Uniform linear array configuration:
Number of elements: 12
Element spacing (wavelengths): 0.75
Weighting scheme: hamming
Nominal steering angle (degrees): -30
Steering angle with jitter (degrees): -28.285
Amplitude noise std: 0.05
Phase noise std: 0.05

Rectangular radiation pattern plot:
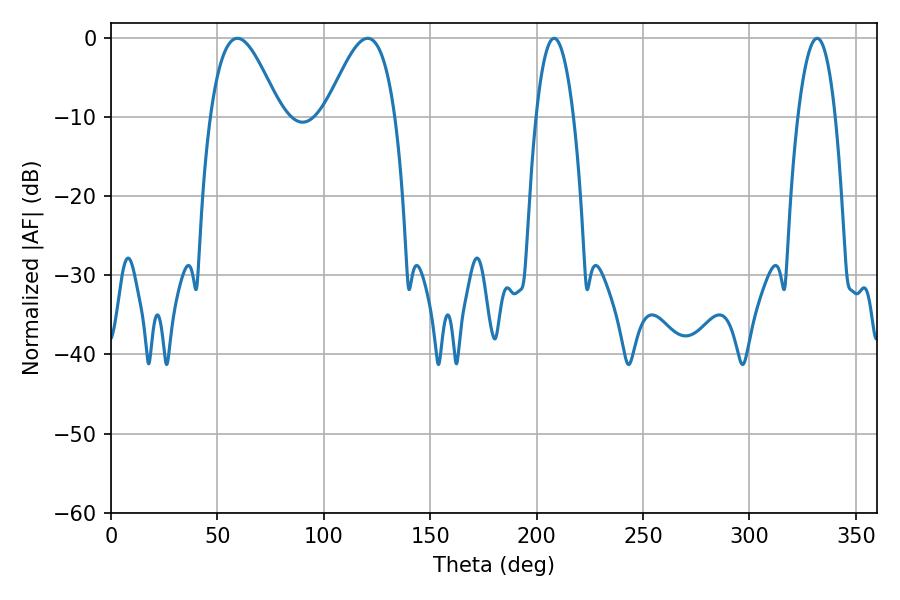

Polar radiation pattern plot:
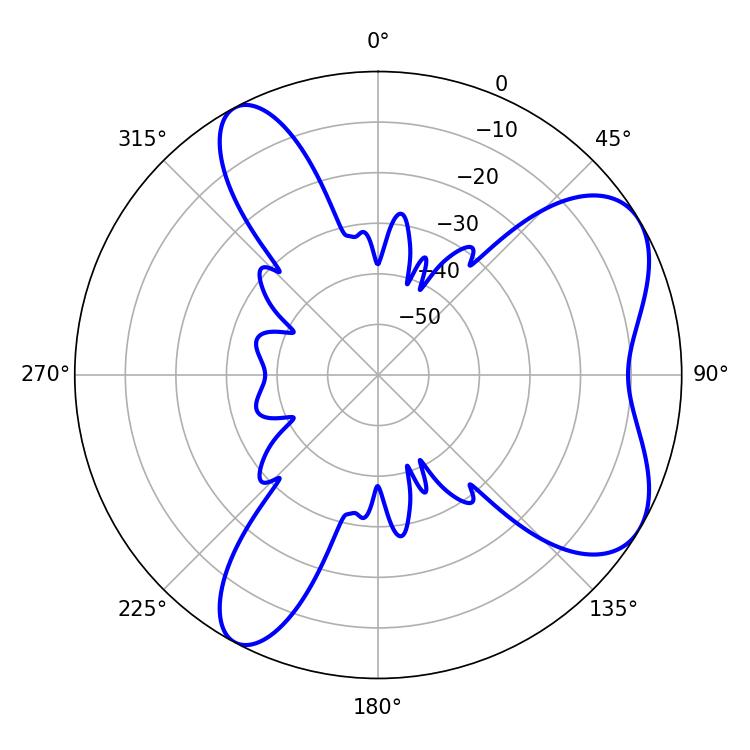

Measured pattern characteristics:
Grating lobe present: TRUE
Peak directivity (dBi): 6.571
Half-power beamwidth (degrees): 17.64
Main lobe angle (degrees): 59.4